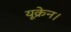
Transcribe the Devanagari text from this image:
यूक्रेन।